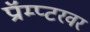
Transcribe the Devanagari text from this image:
प्रॉम्प्टरवर